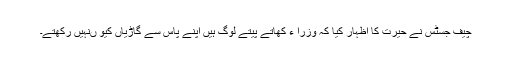
چیف جسٹس نے حیرت کا اظہار کیا کہ وزرا ء کھاتے پیتے لوگ ہیں اپنے پاس سے گاڑیاں کیو ںنہیں رکھتے۔